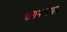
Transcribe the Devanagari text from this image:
भागयनागर